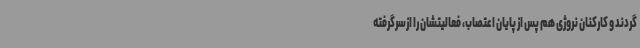
گردند و کارکنان نروژی هم پس از پایان اعتصاب، فعالیتشان را ازسرگرفته